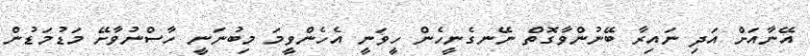
އޭނާއަށް އަދި ނައިރާ ބޭނުންވާގޮތް ނޭނގެނީހެން ހީވަނީ އެހެންވީމަ މިބުނަނީ ހާސްނުވާށޭ މަޑުމަޑުން